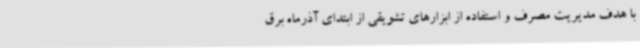
با هدف مدیریت مصرف و استفاده از ابزارهای تشویقی از ابتدای آذرماه برق